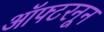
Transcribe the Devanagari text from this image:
ऑफ्टरनून